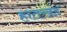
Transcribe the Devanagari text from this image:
हातखंड